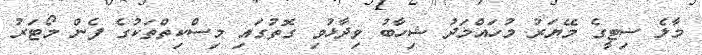
މާލެ ސިޓީގެ މޭޔަރު މުހައްމަދު ޝިހާބު ވިދާޅުވި ގޮތުގައި މިސްކިތްތަކުގެ ފެން މޯޓަރު